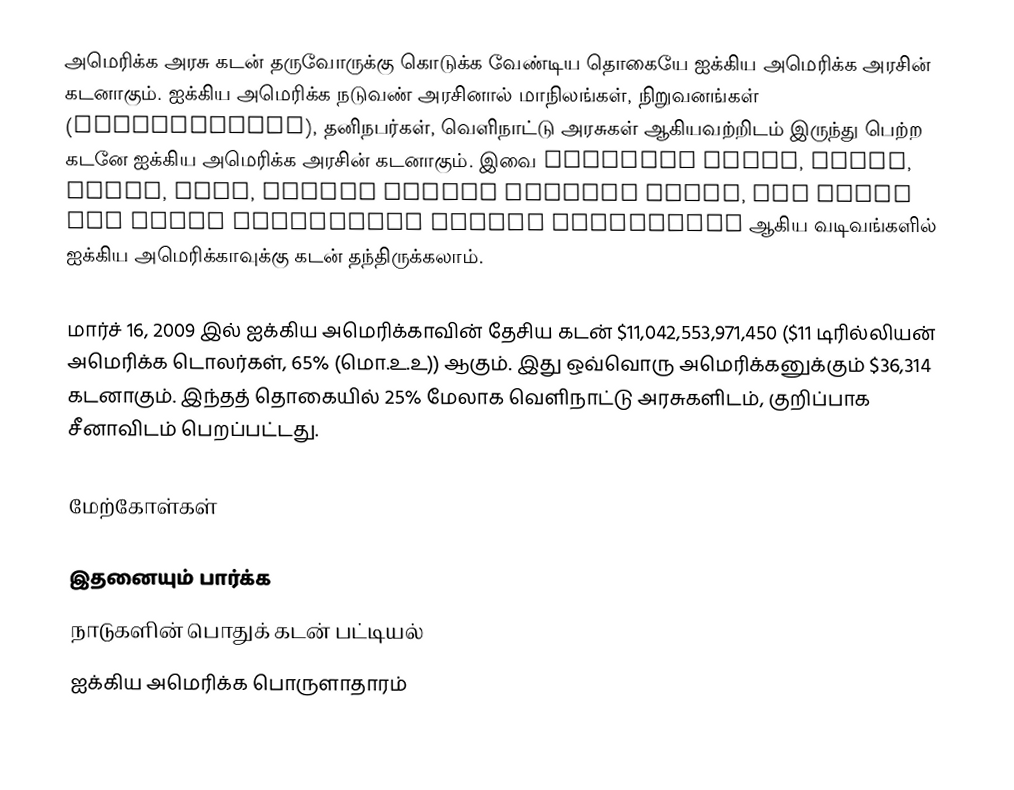
அமெரிக்க அரசு கடன் தருவோருக்கு கொடுக்க வேண்டிய தொகையே ஐக்கிய அமெரிக்க அரசின் கடனாகும்.  ஐக்கிய அமெரிக்க நடுவண் அரசினால் மாநிலங்கள், நிறுவனங்கள் (Corporations), தனிநபர்கள், வெளிநாட்டு அரசுகள் ஆகியவற்றிடம் இருந்து பெற்ற கடனே ஐக்கிய அமெரிக்க அரசின் கடனாகும்.  இவை Treasury Bills, Notes, Bonds, TIPS, United States Savings Bonds, and State and Local Government Series securities ஆகிய வடிவங்களில் ஐக்கிய அமெரிக்காவுக்கு கடன் தந்திருக்கலாம்.

மார்ச் 16, 2009 இல் ஐக்கிய அமெரிக்காவின் தேசிய கடன் $11,042,553,971,450 ($11 டிரில்லியன் அமெரிக்க டொலர்கள், 65% (மொ.உ.உ)) ஆகும்.  இது ஒவ்வொரு அமெரிக்கனுக்கும் $36,314 கடனாகும்.  இந்தத் தொகையில் 25% மேலாக வெளிநாட்டு அரசுகளிடம், குறிப்பாக சீனாவிடம் பெறப்பட்டது.

மேற்கோள்கள்

இதனையும் பார்க்க
நாடுகளின் பொதுக் கடன் பட்டியல்
ஐக்கிய அமெரிக்க பொருளாதாரம்